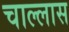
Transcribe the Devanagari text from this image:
चाल्लास